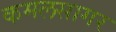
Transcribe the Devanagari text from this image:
कमलसागर